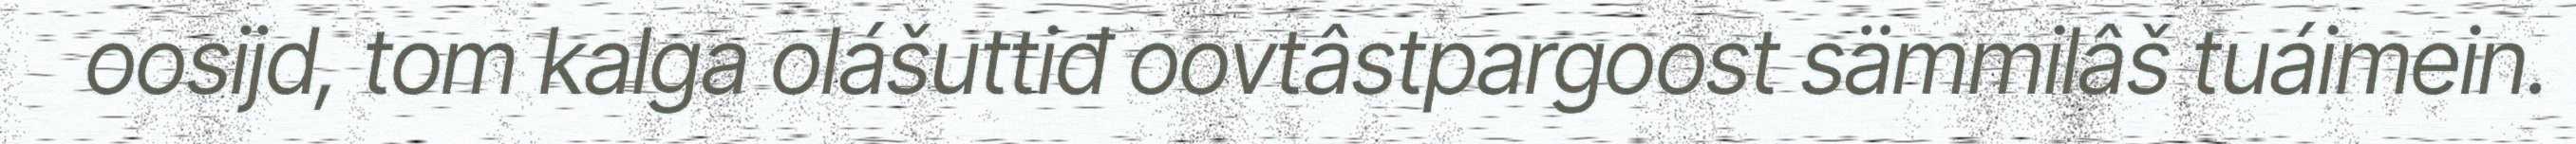
oosijd, tom kalga olášuttiđ oovtâstpargoost sämmilâš tuáimein.